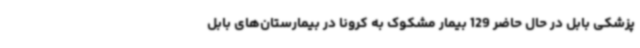
پزشکی بابل در حال حاضر 129 بیمار مشکوک به کرونا در بیمارستان‌های بابل